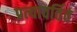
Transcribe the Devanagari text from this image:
प्रत्यावर्तित